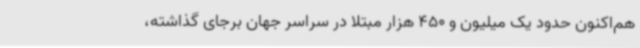
هم‌اکنون حدود یک میلیون و 450 هزار مبتلا در سراسر جهان برجای گذاشته،